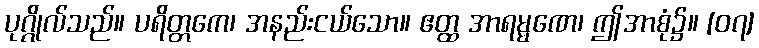
ပုဂ္ဂိုလ်သည်။ ပရိတ္တကေ၊ အနည်းငယ်သော။ ဧတ္ထ အာရမ္မဏေ၊ ဤအာစုံ၌။ [၀၇]